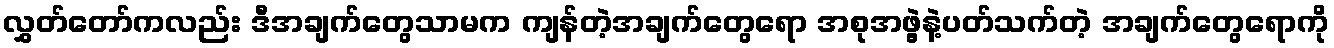
လွှတ်တော်ကလည်း ဒီအချက်တွေသာမက ကျန်တဲ့အချက်တွေရော အစုအဖွဲ့နဲ့ပတ်သက်တဲ့ အချက်တွေရောကို